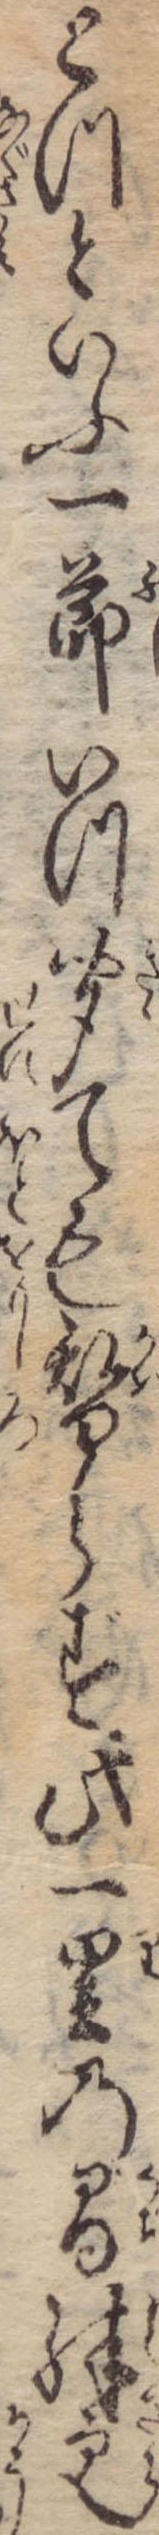
とつといふ一節いつ聞ても替らず此一里の間殊更